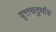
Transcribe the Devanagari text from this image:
वृत्तचतुर्थांश